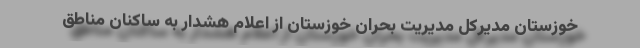
خوزستان مدیرکل مدیریت بحران خوزستان از اعلام هشدار به ساکنان مناطق